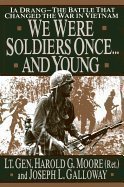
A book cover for We Were Soldiers Once....and Young Ia Drang Battle That Changed the War in Vietnam [HC,1992]; Harold G. Moore; History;